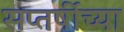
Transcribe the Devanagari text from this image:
सप्तर्षीच्या